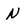
Character: N